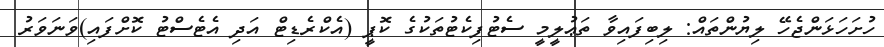
ހުށަހަޅަންޖެހޭ ލިޔުންތައް: ލިބިފައިވާ ތަޢުލީމީ ސެޓުފިކެޓުތަކުގެ ކޮޕީ (އެކްރެޑިޓް އަދި އެޓެސްޓު ކޮށްފައި)ވަނަވަރު